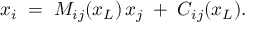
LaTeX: x _ { i } \; = \; M _ { i j } ( x _ { L } ) \, x _ { j } \; + \; C _ { i j } ( x _ { L } ) .